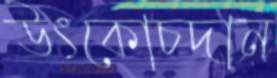
উৎকোচদান